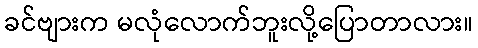
ခင်ဗျားက မလုံလောက်ဘူးလို့ပြောတာလား။